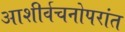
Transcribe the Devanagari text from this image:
आशीर्वचनोपरांत